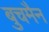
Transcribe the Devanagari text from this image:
बुचमैन